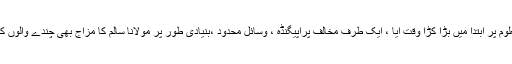
وقف دارالعلوم پر ابتدا میں بڑا کڑا وقت آیا ، ایک طرف مخالف پراپیگنڈہ ، وسائل محدود ،بنیادی طور پر مولانا سالم کا مزاج بھی چندے والوں کا نہیں تھا ۔